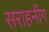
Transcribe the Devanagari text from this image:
सराहनीग